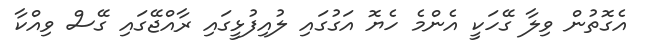
އެގޮތުން ވިލާ ގޭހަކީ އެންމެ ހެޔޮ އަގުގައި ލުއިފުޅީގައި ރާއްޖޭގައި ގޭސް ވިއްކާ